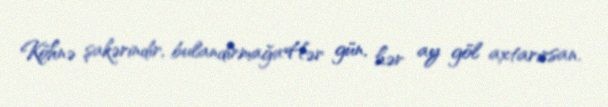
Köhnə şakərindir, bulandırmağaHər gün, hər ay göl axtarırsan.